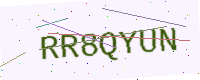
Text: RR8QYUN